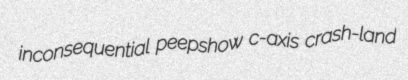
inconsequential peepshow c-axis crash-land